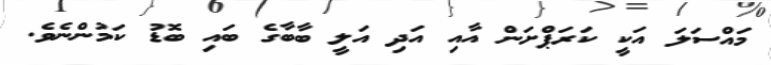
މައްސަލަ އަކީ ކަރަޕްށަން އާއި އަދި އަލީ ބާބާގެ ބައި ބޮޑު ކަމުންނެވެ.